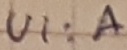
Text: UI:A